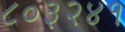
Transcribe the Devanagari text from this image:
८०३२४१